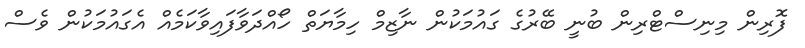
ފޮރިން މިނިސްޓްރިން ބުނީ ބޭރުގެ ގައުމަކުން ނާޒިމް ހިމާޔަތް ހޯއްދަވާފައިވާކަމެއް އެގައުމަކުން ވެސް